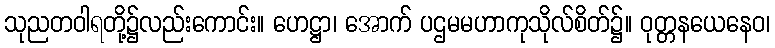
သုညတဝါရတို့၌လည်းကောင်း။ ဟေဋ္ဌာ၊ အောက် ပဌမမဟာကုသိုလ်စိတ်၌။ ဝုတ္တနယေနေဝ၊